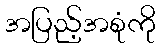
အပြည့်အစုံကို